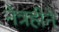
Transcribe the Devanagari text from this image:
नेत्रहीने